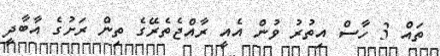
ތައް 3 ހާސް އިތުރު ވުން އެއީ ރާއްޖެތެރޭގެ ތިން ރަށުގެ އާބާދީ